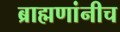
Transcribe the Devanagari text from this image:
ब्राह्मणांनीच